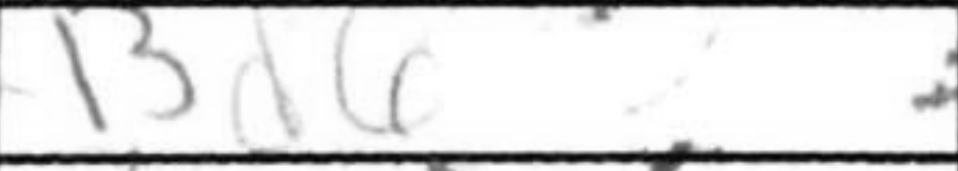
Transcription: Bd6